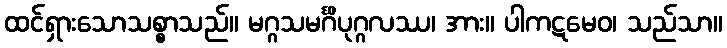
ထင်ရှားသောသစ္စာသည်။ မဂ္ဂသမင်္ဂိပုဂ္ဂလဿ၊ အား။ ပါကဋမေဝ၊ သည်သာ။